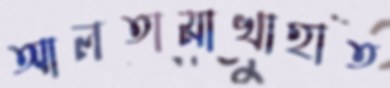
আলতামাখাহাত